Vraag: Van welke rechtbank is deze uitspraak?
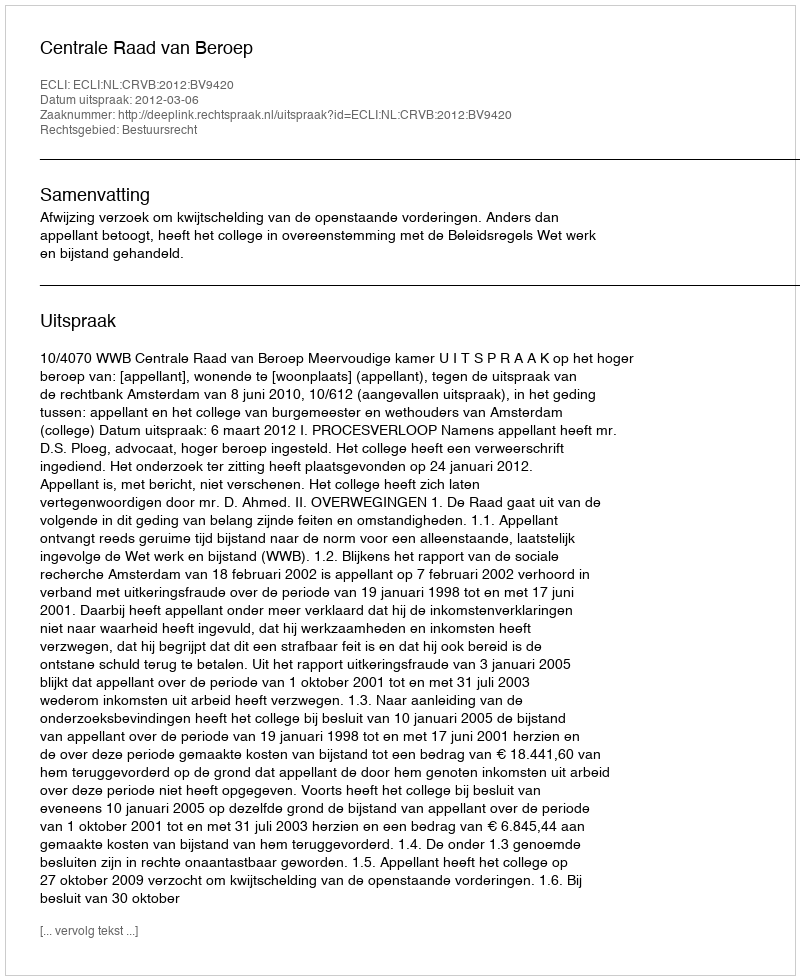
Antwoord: Centrale Raad van Beroep